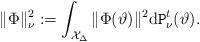
LaTeX: \begin{align*}\|\Phi\|_\nu^2:=\int_{\mathcal{X}_{\Delta}}\|\Phi(\vartheta)\|^2\mathrm{d}\texttt{P}^t_\nu(\vartheta).\end{align*}